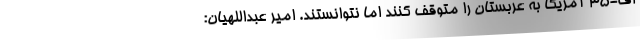
اف-۳۵ آمریکا به عربستان را متوقف کنند اما نتوانستند. امیر عبداللهیان: